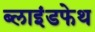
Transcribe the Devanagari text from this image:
ब्लाइंडफेथ